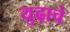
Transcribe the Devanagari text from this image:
युढ़ाचे